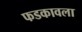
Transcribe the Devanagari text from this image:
फडकावला